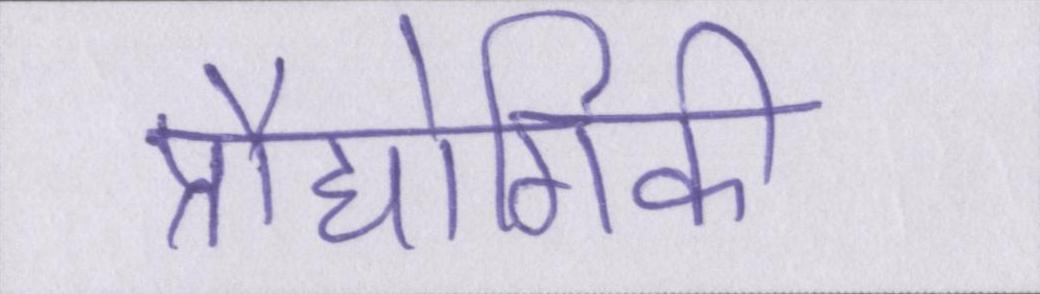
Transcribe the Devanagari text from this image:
प्रौद्योगिकी